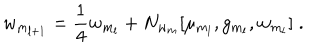
w _ { m _ { l + 1 } } = { \frac { 1 } { 4 } } w _ { m _ { l } } + N _ { w _ { m } } [ \mu _ { m _ { l } } , g _ { m _ { l } } , w _ { m _ { l } } ] \; .